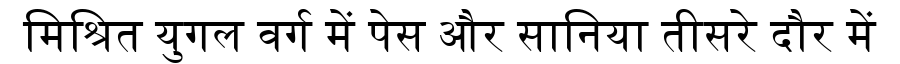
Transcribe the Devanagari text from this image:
मिश्रित युगल वर्ग में पेस और सानिया तीसरे दौर में